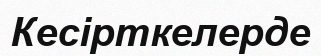
Кесірткелерде